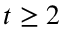
t \geq 2